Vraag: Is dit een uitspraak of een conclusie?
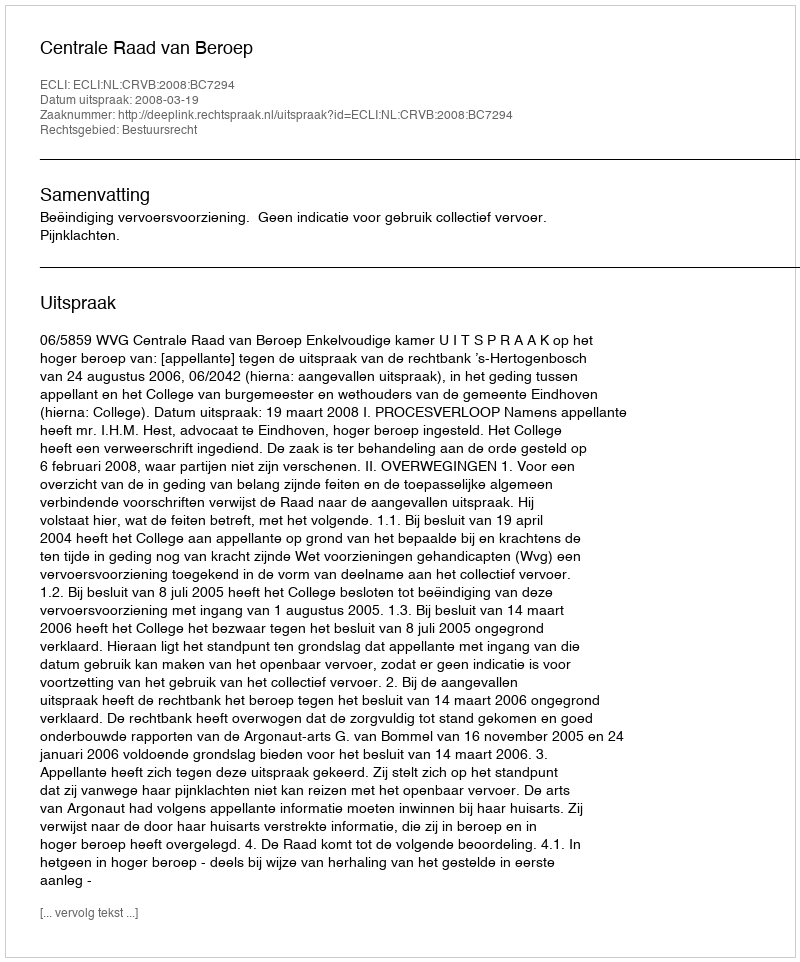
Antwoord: Uitspraak